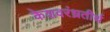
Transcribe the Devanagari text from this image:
केशवरंध्रतीर्थ